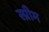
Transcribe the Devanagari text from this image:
स्प्रीम